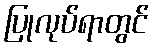
ပြုလုပ်ရာတွင်